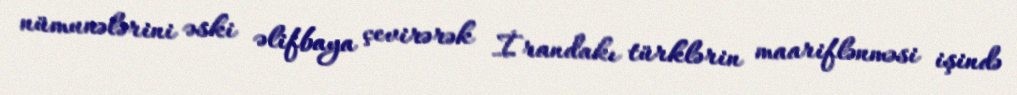
nümunələrini əski əlifbaya çevirərək İrandakı türklərin maariflənməsi işində